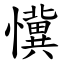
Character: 懻